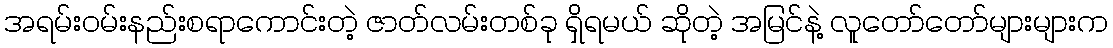
အရမ်းဝမ်းနည်းစရာကောင်းတဲ့ ဇာတ်လမ်းတစ်ခု ရှိရမယ် ဆိုတဲ့ အမြင်နဲ့ လူတော်တော်များများက